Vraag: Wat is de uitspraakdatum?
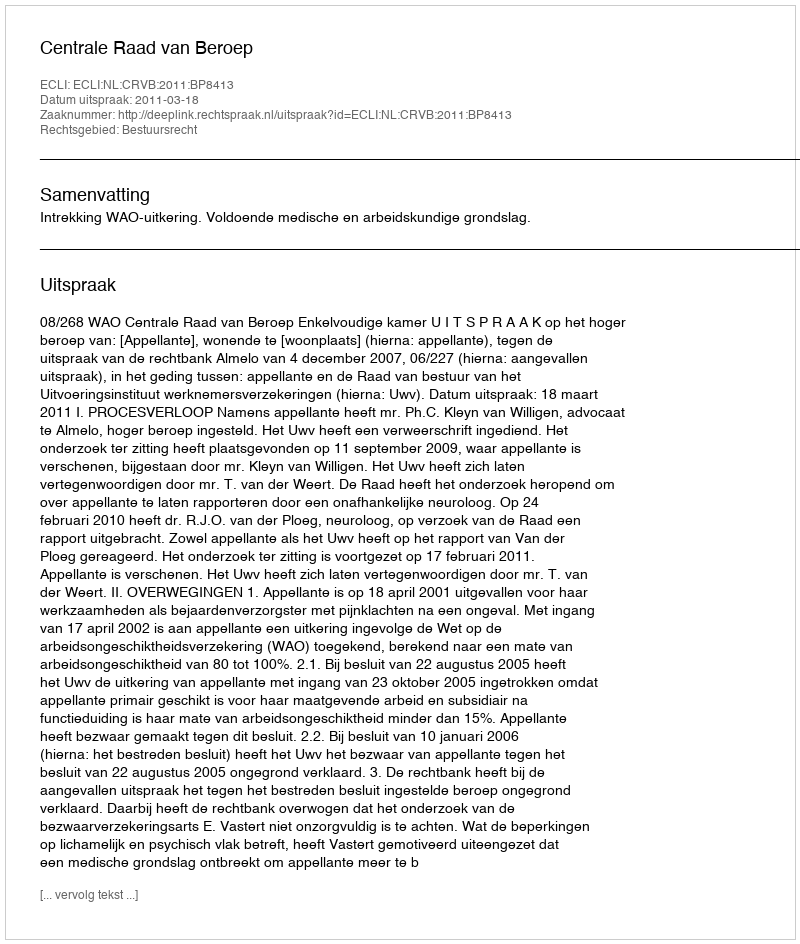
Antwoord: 2011-03-18